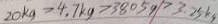
2 0 k g > 4 . 7 k g > 3 8 0 5 g > 3 . 2 5 k g